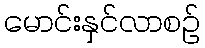
မောင်းနှင်လာစဉ်